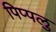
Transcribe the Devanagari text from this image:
पिप्पलु